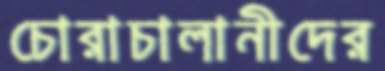
চোরাচালানীদের